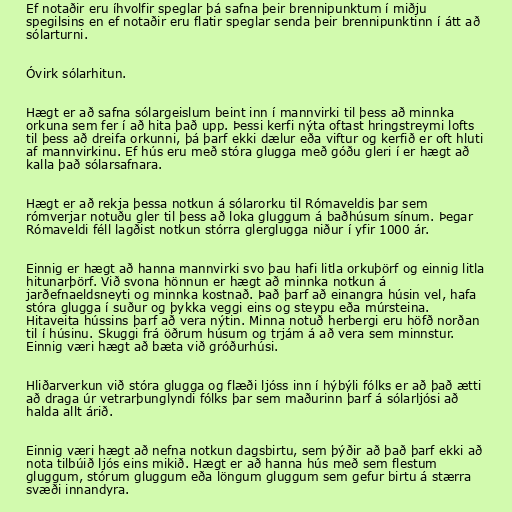
Ef notaðir eru íhvolfir speglar þá safna þeir brennipunktum í miðju
spegilsins en ef notaðir eru flatir speglar senda þeir brennipunktinn í átt að
sólarturni.

Óvirk sólarhitun.

Hægt er að safna sólargeislum beint inn í mannvirki til þess að minnka
orkuna sem fer í að hita það upp. Þessi kerfi nýta oftast hringstreymi lofts
til þess að dreifa orkunni, þá þarf ekki dælur eða viftur og kerfið er oft hluti
af mannvirkinu. Ef hús eru með stóra glugga með góðu gleri í er hægt að
kalla það sólarsafnara.

Hægt er að rekja þessa notkun á sólarorku til Rómaveldis þar sem
rómverjar notuðu gler til þess að loka gluggum á baðhúsum sínum. Þegar
Rómaveldi féll lagðist notkun stórra glerglugga niður í yfir 1000 ár.

Einnig er hægt að hanna mannvirki svo þau hafi litla orkuþörf og einnig litla
hitunarþörf. Við svona hönnun er hægt að minnka notkun á
jarðefnaeldsneyti og minnka kostnað. Það þarf að einangra húsin vel, hafa
stóra glugga í suður og þykka veggi eins og steypu eða múrsteina.
Hitaveita hússins þarf að vera nýtin. Minna notuð herbergi eru höfð norðan
til í húsinu. Skuggi frá öðrum húsum og trjám á að vera sem minnstur.
Einnig væri hægt að bæta við gróðurhúsi.

Hliðarverkun við stóra glugga og flæði ljóss inn í hýbýli fólks er að það ætti
að draga úr vetrarþunglyndi fólks þar sem maðurinn þarf á sólarljósi að
halda allt árið.

Einnig væri hægt að nefna notkun dagsbirtu, sem þýðir að það þarf ekki að
nota tilbúið ljós eins mikið. Hægt er að hanna hús með sem flestum
gluggum, stórum gluggum eða löngum gluggum sem gefur birtu á stærra
svæði innandyra.